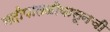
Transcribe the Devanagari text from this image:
नदीपातळीपासूनची